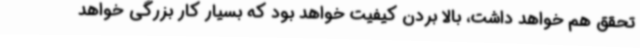
تحقق هم خواهد داشت، بالا بردن کیفیت خواهد بود که بسیار کار بزرگی خواهد